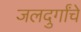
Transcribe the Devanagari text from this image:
जलदुर्गांचे